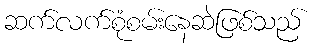
ဆက်လက်စုံစမ်းနေဆဲဖြစ်သည်